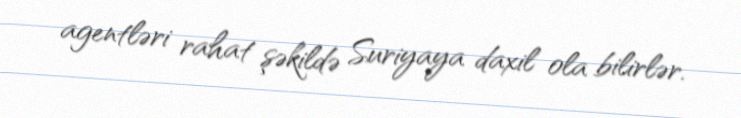
agentləri rahat şəkildə Suriyaya daxil ola bilirlər.